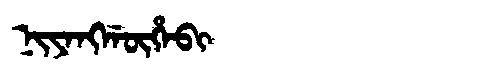
Manchu: ᠨᡳᠶᠠᠩᡤᡡᡥᠠᠪᡳ
Romanization: NIYANGGŪHABI